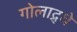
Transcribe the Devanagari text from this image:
गोलाद्र्धे